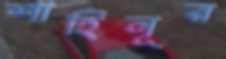
শাহিনূর